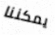
يمكننا